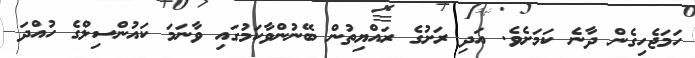
ހަމަޖެހިގެން ދާނެ ކަމަށެވެ. އަދި ރަށުގެ ރައްޔިތުން ބޭނުުންވާކަމުގައި ވާނަމަ ކައުންސިލްގެ ހުއްދަ